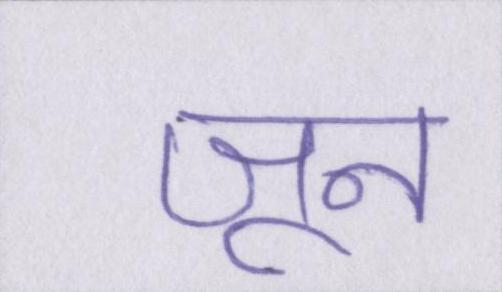
जून